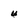
Character: U